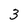
Character: 3